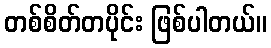
တစ်စိတ်တပိုင်း ဖြစ်ပါတယ်။